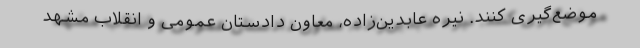
موضع‌گیری کنند. نیره عابدین‌زاده، معاون دادستان عمومی و انقلاب مشهد